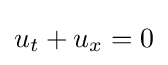
u_{t}+u_{x}=0